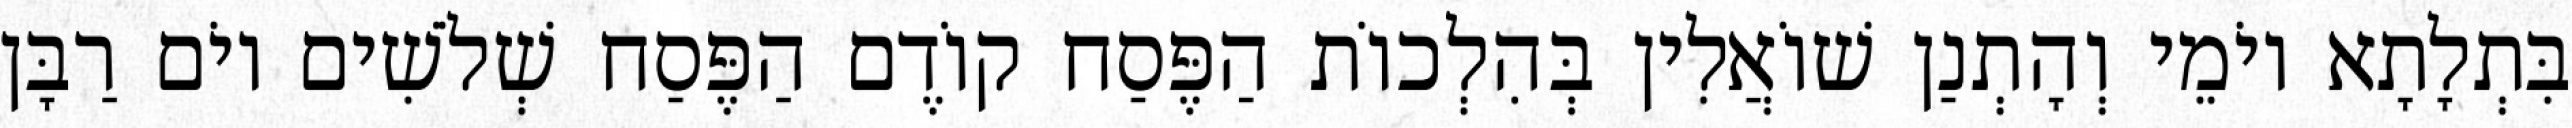
בִּתְלָתָא יוֹמֵי וְהָתְנַן שׁוֹאֲלִין בְּהִלְכוֹת הַפֶּסַח קוֹדֶם הַפֶּסַח שְׁלֹשִׁים יוֹם רַבָּן